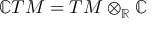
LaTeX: \mathbb { C } T M = T M \otimes _ { \mathbb { R } } \mathbb { C }